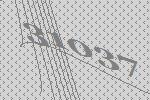
31037